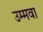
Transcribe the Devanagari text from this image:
उम्मवा